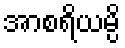
အာစရိယမ္ပိ